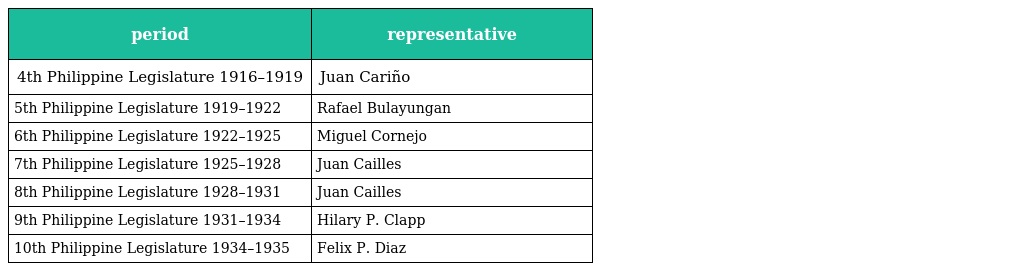
| period | representative |
 | --- | --- |
 | 4th Philippine Legislature 1916–1919 | Juan Cariño |
 | 5th Philippine Legislature 1919–1922 | Rafael Bulayungan |
 | 6th Philippine Legislature 1922–1925 | Miguel Cornejo |
 | 7th Philippine Legislature 1925–1928 | Juan Cailles |
 | 8th Philippine Legislature 1928–1931 | Juan Cailles |
 | 9th Philippine Legislature 1931–1934 | Hilary P. Clapp |
 | 10th Philippine Legislature 1934–1935 | Felix P. Diaz |